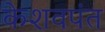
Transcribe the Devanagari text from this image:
केशवपंत